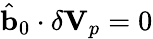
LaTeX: \hat{\mathbf{b}}_{0}\cdot\delta\mathbf{V}_{p}=0